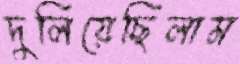
দুলিয়েছিলাম